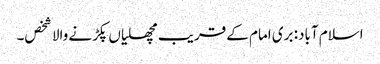
اسلام آباد: بری امام کے قریب مچھلیاں پکڑنے والا شخص۔